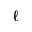
\ell